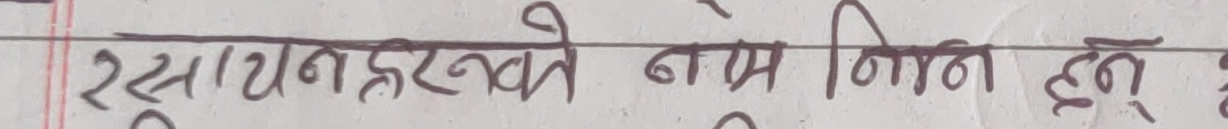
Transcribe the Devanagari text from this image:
2. रसायनहरूको नाम निम्न हुन्